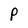
Character: P